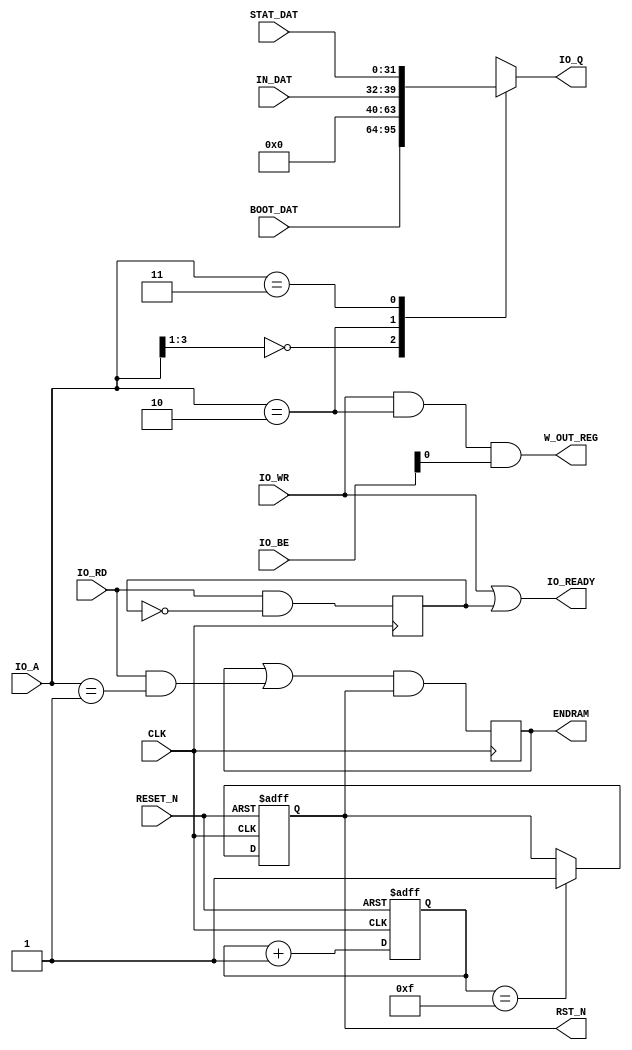
module ex_io_bus_ctrl( CLK, RESET_N, RST_N, IO_WR, IO_RD, IO_A, IO_BE, IO_Q, IO_READY,
					   W_OUT_REG, IN_DAT, BOOT_DAT, STAT_DAT, ENDRAM );
input			CLK;
input			RESET_N;
input			IO_WR,IO_RD;
input  [31:28]	IO_A;
input	 [3:0]	IO_BE;
input	[31:0]	BOOT_DAT;
input	 [7:0]	IN_DAT;
input	[31:0]	STAT_DAT;
output	reg	[31:0]	IO_Q;
output	reg		RST_N;
output	reg		ENDRAM;
output			IO_READY;
output			W_OUT_REG;
reg				rd_rdy;
reg		 [3:0]	init_cou;
	always @(posedge CLK) rd_rdy <= IO_RD & ~rd_rdy;
	assign IO_READY = IO_WR | rd_rdy;
	always @(IO_A or BOOT_DAT or IN_DAT or STAT_DAT)
	  casex({IO_A})
		4'b000x : IO_Q = BOOT_DAT;	
		4'b0010 : IO_Q = {24'd0,IN_DAT};
		4'b0011 : IO_Q = STAT_DAT;
		default : IO_Q = 32'hxxxxxxxx;
	  endcase
	assign W_OUT_REG = IO_WR & (IO_A == 4'h2) & IO_BE[0];
	always @(posedge CLK or negedge RESET_N)
		if (!RESET_N) init_cou <= 4'h0;
		  else init_cou <= init_cou + 4'h1;
	always @(posedge CLK or negedge RESET_N)
		if (!RESET_N) RST_N <= 1'b0;
		  else
			if (init_cou == 4'hF) RST_N <= 1'b1;
	always @(posedge CLK) ENDRAM <= (ENDRAM | (IO_RD & (IO_A == 4'h1))) & RST_N;
endmodule